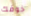
خوفك